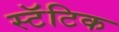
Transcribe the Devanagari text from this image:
स्टॅटिक